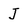
Character: J